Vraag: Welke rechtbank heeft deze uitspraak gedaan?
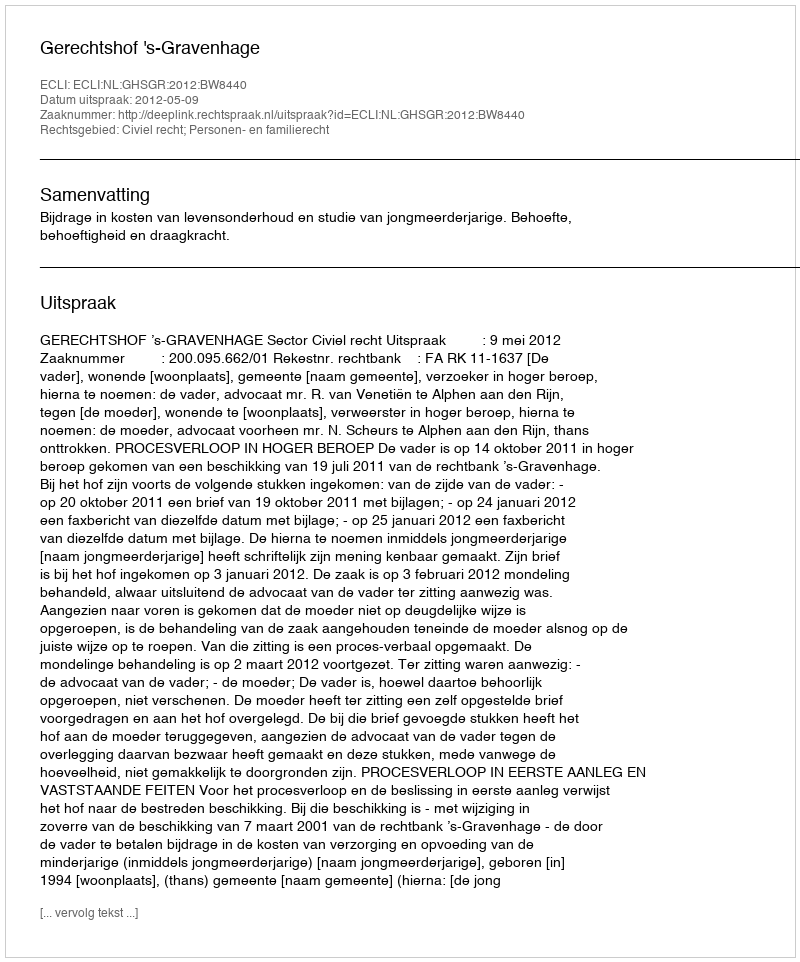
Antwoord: Gerechtshof 's-Gravenhage